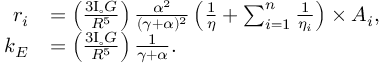
\begin{array} { r l } { r _ { i } } & { = \left( \frac { 3 \mathrm { I } _ { \circ } G } { R ^ { 5 } } \right) \frac { \alpha ^ { 2 } } { ( \gamma + \alpha ) ^ { 2 } } \left( \frac { 1 } { \eta } + \sum _ { i = 1 } ^ { n } \frac { 1 } { \eta _ { i } } \right) \times A _ { i } , } \\ { k _ { E } } & { = \left( \frac { 3 \mathrm { I } _ { \circ } G } { R ^ { 5 } } \right) \frac { 1 } { \gamma + \alpha } . } \end{array}